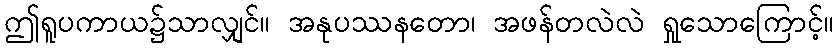
ဤရူပကာယ၌သာလျှင်။ အနုပဿနတော၊ အဖန်တလဲလဲ ရှုသောကြောင့်။